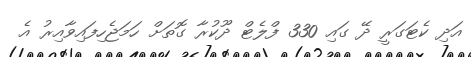
އަދި ކެޓަގަރީ ދޭ ގައި 330 ފްލެޓް ދޫކުރާ ގޮތަށް ހަމަޖެހިފައިވާއިރު އެ